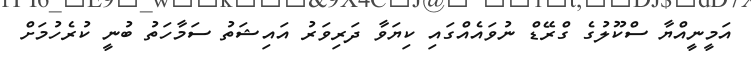
އަމީނީއްޔާ ސްކޫލުގެ ގްރޭޑް ނުވައެއްގައި ކިޔަވާ ދަރިވަރު އައިޝަތު ސަމާހަތު ބުނީ ކުރެހުމަށް